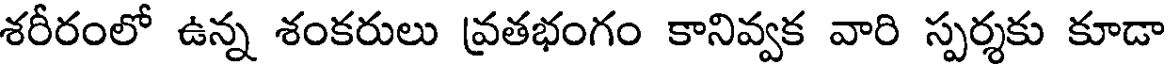
శరీరంలో ఉన్న శంకరులు వ్రతభంగం కానివ్వక వారి స్పర్శకు కూడా